Medical and sanitary report of the native army of Madras for the year
Year: 1875
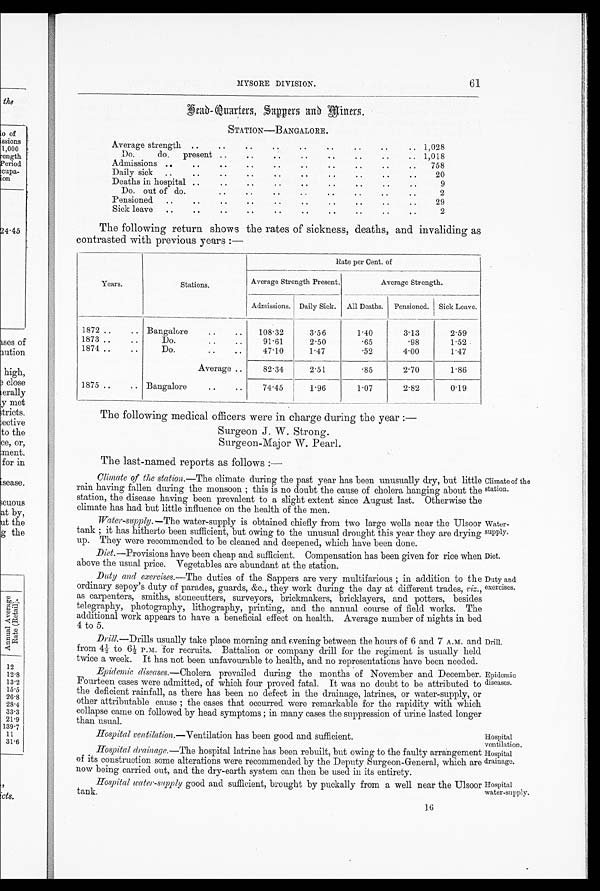
61
MYSORE DIVISION.
the
) of
scions
1,000
ength
'eriod
iupa-
on
?,4.45
etc.
c.)
12
12.8
13.2
15.5
26.8
28.4
33.3
21.9
139.7
11
31.6
H e a d - Q u a r t e r s S a p p e r s a n d M i n e r s
STATION—BANGALORE.
Average strength ..
..
..
..
..
..
• •
• •
..
1,028
Do.
do.
present ..
..
. .
. .
..
. .
. .
.. 1,018
Admissions ..
..
.. ..
..
..
..
..
..
758
Daily sick
. .
. .
..
. .
.
. .
. .
..
.
.
• •
•
•
20
Deaths in hospital .
. .
. .
. .
•
•
..
•
•
e •
•
•
9
Do. out of do.
..
. .
..
..
. .
. .
. .
. .
2
Pensioned.. • .
. .
. .
..
..
. .
. .
. .
. .
29
Sick leave
..
..
..
. .
. .
. .
. .
. .
. .
..
2
The following return shows the rates of sickness, deaths, and invaliding as
contrasted with previous years :—
Years.
Stations.
Rate per Cent. of
Average Strength Present.
Average Strength.
Admissions. Daily Sick.
All Deaths.
Pensioned.
Sick Leave.
1872
.
.
.. Bangalore
..
..
108.32
3.56
1.40
3.13
2.59
1873 ..
..
Do. .. ..
91.61
2.50
. 6 5
. 9 8
1.52
1874 ..
..
Do.
47.10
1.47
. 5 2
4.00
1.47
Average ..
82.34
2.51
. 8 5
2.70
1.86
1875 ..
.. Bangalore
..
..
_
74.45
—
1.96
1 . 0 7
2.82
0.19
The following medical officers were in charge during the year :-
Surgeon J. W. Strong.
Surgeon-Major. W. Pearl.
The last-named reports as follows :—
Climate of the station.— The climate during the past year has been unusually dry, but little Climate of the
rain having fallen during the monsoon; this is no doubt the casuse of cholera haning about the station. station, the disease having beenprevalent to a slight extent since August last. Otherewise the climate has had but little influence on the health of the men.
Water-supply.—The water-supply is obtained chiefly from two large wells near the Ulsoor Water-
tank; it has hitherto been sufficient, but owing to the unusual drought this year they are drying supply.up. They were recommended to be cleaned and deepened , which have been done.
Diet.—Provisions have been cheap and sufficient. Compensation has been given for rice when D i e t . a b o v e t h e u s u a l p r i c e . V e g e t a b l e s a r e a b u n d a n t a t t h e s t a t i o n .
Duty and exercise.--The duties of the sappers are verymulttifarious; in addition to the Duty and
ordinary sepoy's duty of parades, guards, &c., they work during the day at different trades, viz., exercises.
as carpenters, smiths, stonecutters, surveyors, brick-makers, bricklayers, and potters, besides
telegraphy, photography, lithography, printing, and the annual course of field works. The
additional work appears to have a beneficial effect on health. Average number of nights in bed
4 to 5.
Drill.—Drills usually take place morning and Evening between the hours of 6 and 7 A.M. and Drill.
from 4½ to 6½ P.M. for recruits. Battalion or company chill for the regiment is usually held
twice a week. It has not been unfavourable to health, and no representations have been needed.
Epidemic diseases.— Cholera prevailed during the months of November and December. Epidemic
Fourteen cases were admitted, of which four proved fatal. It was no doubt to be attributed to diseases.
the deficient rainfall, as there has been no defect in the drainage, latrines, or water-supply, or
other attributable cause ; the cases that occurred were remarkable for the rapidity with which
collapse came on followed by head symptoms ; in many cases the suppression of urine lasted longer
than usual.
Hospital ventilation.—Ventilation has been good and sufficient.
Hospital
ventilation.
Hospital drainage.—The hospital latrine has been rebuilt, but owing to the faulty arrangement Hospital
of its construction some alterations were recommended by the Deputy Surgeon-General, which are drainage.
now being carried out, and the dry-earth system can then be used in its entirety.
Hospital water-snpply good and sufficient, brought by puckally from a well near the Ulsoor Hospital
tank.
water-supply.
16